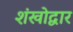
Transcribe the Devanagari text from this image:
शंखोद्वार